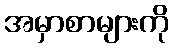
အမှာစာများကို